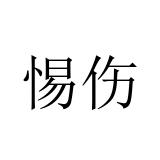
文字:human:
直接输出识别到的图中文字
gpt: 惕伤